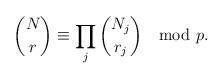
LaTeX: \begin{align*}\binom{N}{r}\equiv\prod\limits_{j}\binom{N_j}{r_j}\mod p.\end{align*}